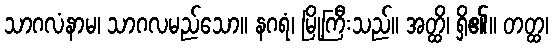
သာဂလံနာမ၊ သာဂလမည်သော။ နဂရံ၊ မြို့ကြီးသည်။ အတ္ထိ၊ ရှိ၏။ တတ္ထ၊